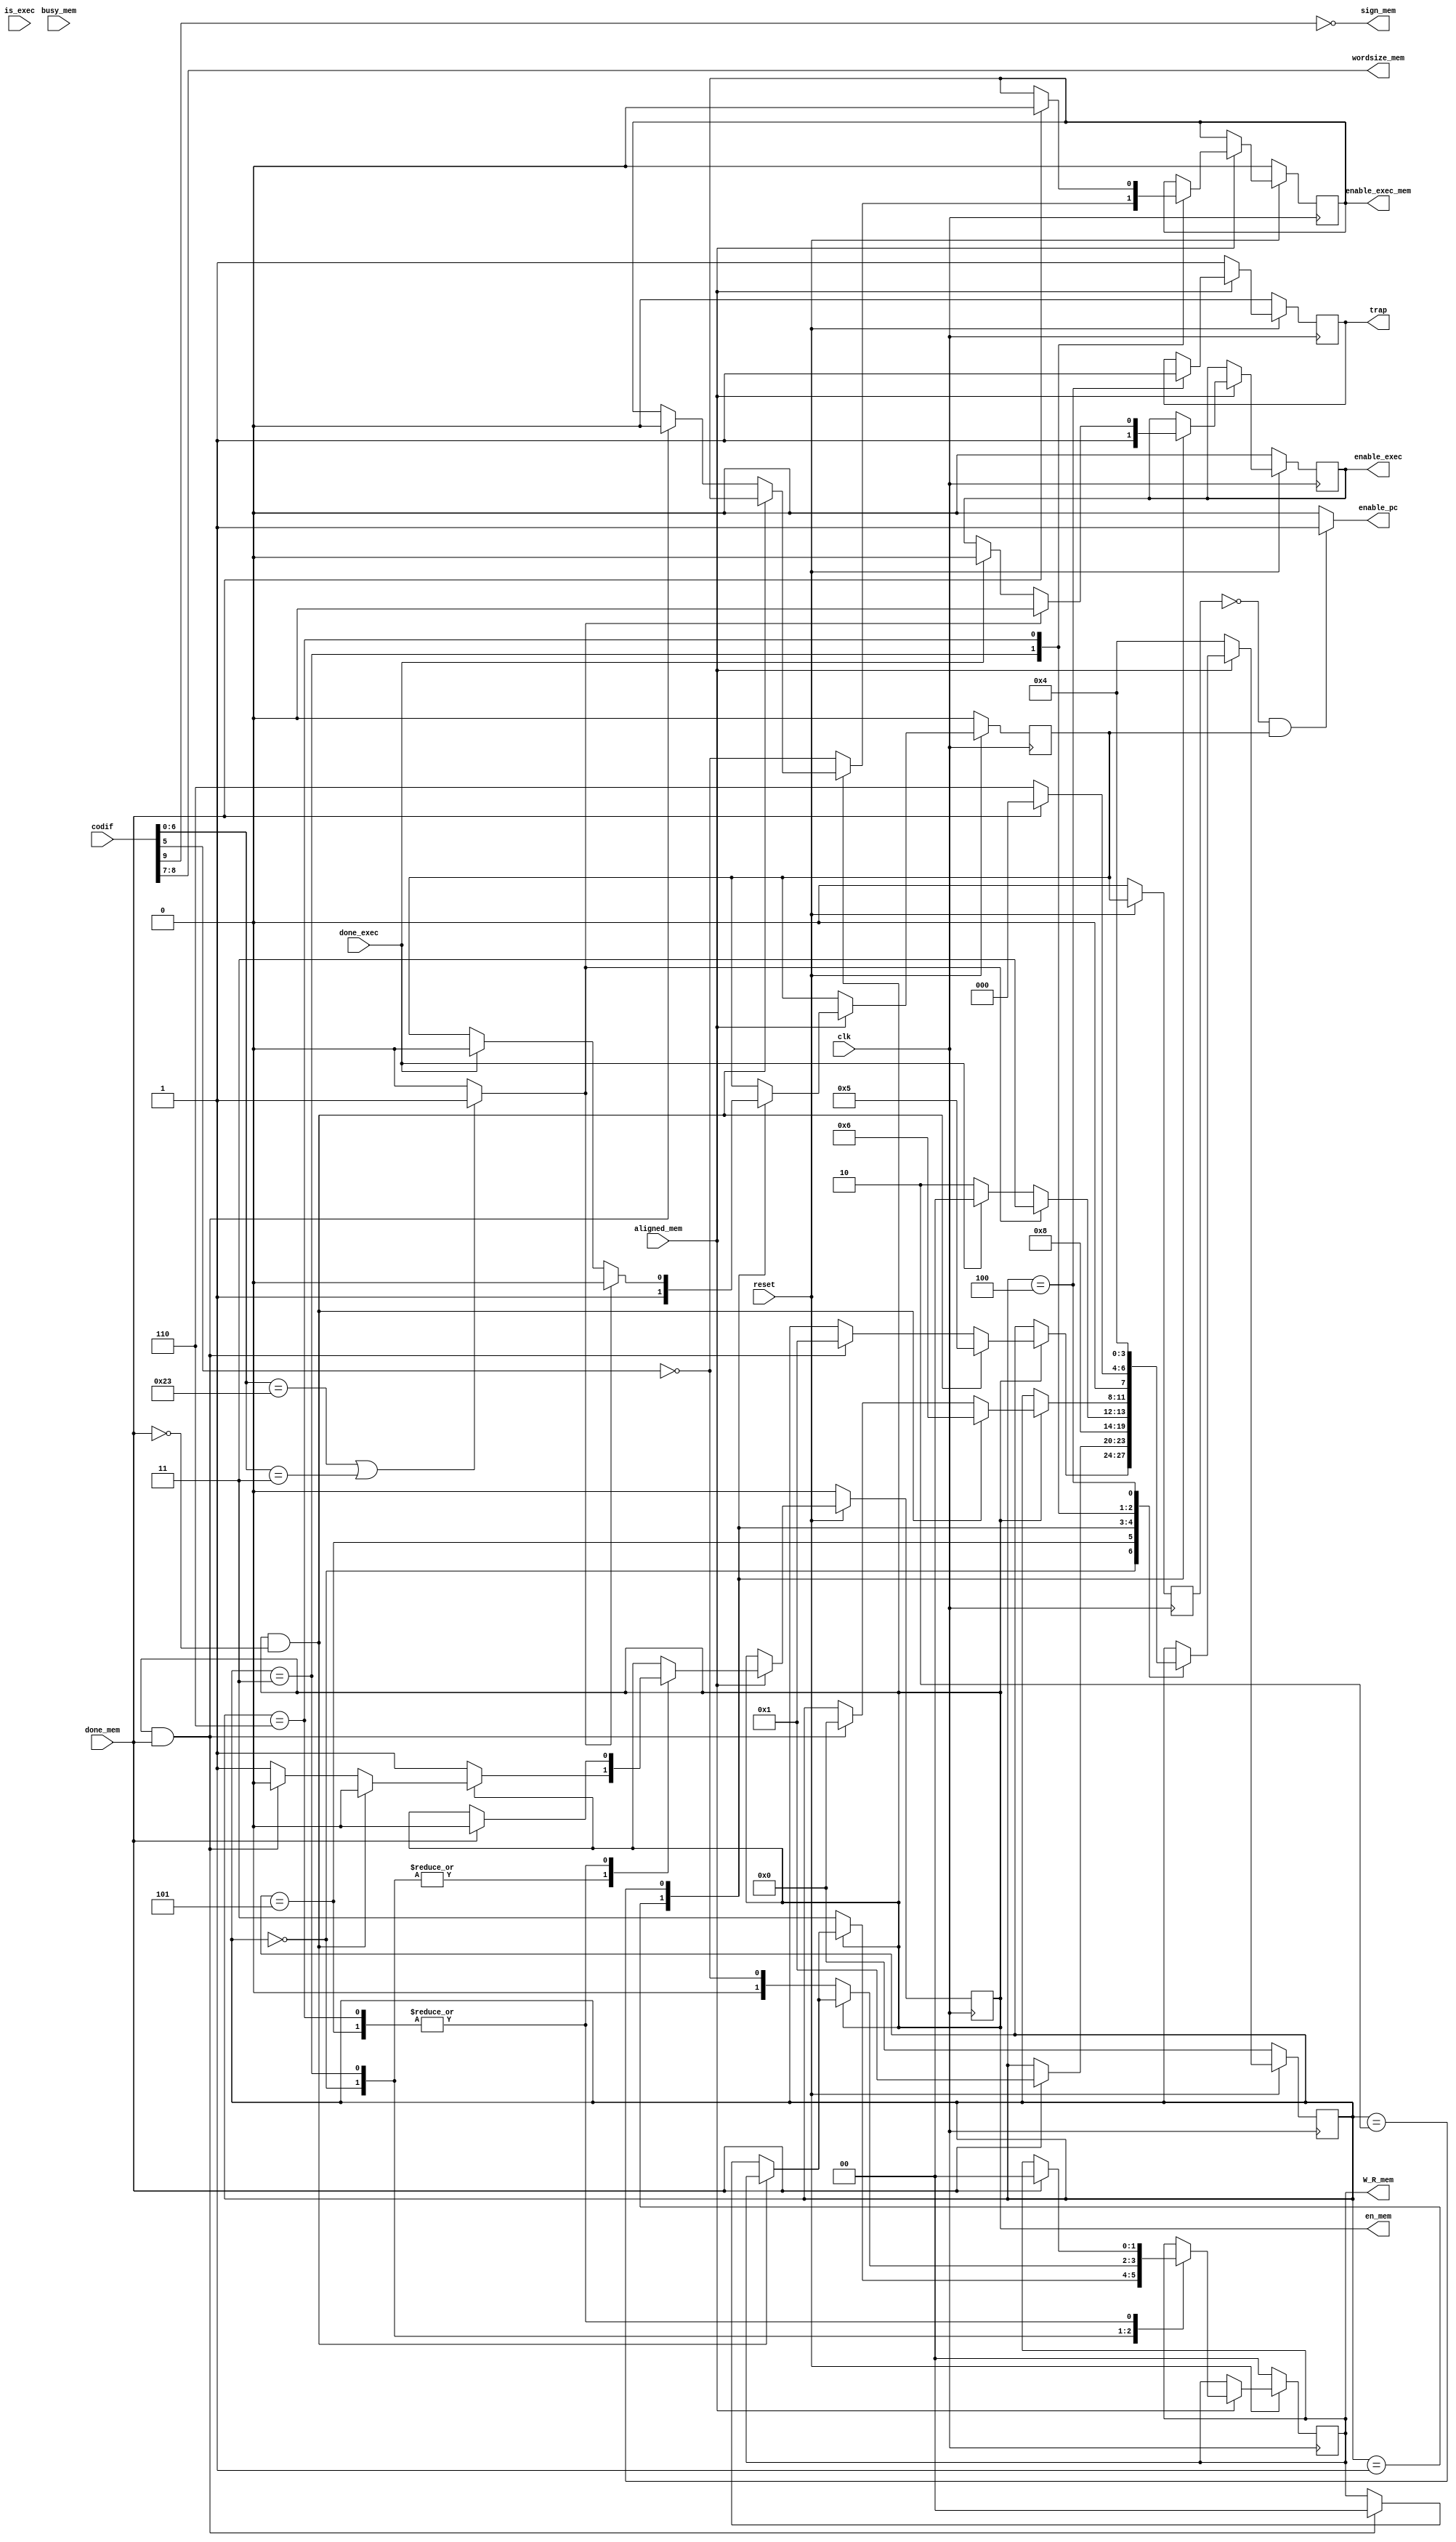
`timescale 1 ns / 1 ps

module FSM 
    (
    input clk,
    input reset,
    
    // Auxiliars from DATAPATH
    input [11:0] codif,
    
    // Inputs from DATAPATH
    input busy_mem, 
    input done_mem,
    input aligned_mem,
    input done_exec,
    input is_exec,
    
    // Outputs to DATAPATH
    output reg [1:0] W_R_mem,
    output [1:0] wordsize_mem,
    output     sign_mem,
    output reg en_mem,
    output reg enable_exec,
    output reg enable_exec_mem,
    output reg trap,
    output     enable_pc
    );
    
    // MEMORY INTERFACE Auxiliar determination
    wire write_mem;
    wire is_mem;
    wire is_illisn;
    assign write_mem = ~codif[5];    // This is the only bit differs write/read
    assign is_mem = codif[6:0] == 7'b0100011 || codif[6:0] == 7'b0000011 ? 1'b1 : 1'b0;    // OPCODE detection
    assign sign_mem = ~codif[9];    // This is the only bit differs signed/unsigned
    assign wordsize_mem = codif[8:7];    // This is the only bit differs wordsize
    assign is_illisn = 0;//&codif || (codif == 12'b000011110011); // FIXME: Also is illegal if ebreak
    
    // CHANGE PC Auxiliar determination
    reg enable_pc_aux, enable_pc_fsm;
    always @ (posedge clk) begin
        if (reset == 1'b0)
            enable_pc_aux <= 1'b0;
        else
            enable_pc_aux <= enable_pc_fsm;
    end
    assign enable_pc = enable_pc_aux == 1'b0 && enable_pc_fsm == 1'b1 ? 1'b1 : 1'b0;
    
    // ERROR Auxiliar determination
    wire err;
    assign err = ~aligned_mem;    // TODO: ILLISN
    
    // Declare state register
    reg        [3:0] state;
    
    // Declare states
    parameter S0_fetch = 0, S1_decode = 1, S2_exec = 2, S3_memory = 3, S4_trap = 4,
              SW0_fetch_wait = 5, SW3_mem_wait = 6;
    
    // Output depends only on the state (transition)
    // Determine the next state (Moore state machine)
    always @ (posedge clk) begin
        if (reset == 1'b0) begin
            state <= S0_fetch;
            
            en_mem <= 1'b0;
            W_R_mem <= 2'b00;
            enable_exec <= 1'b0;
            enable_exec_mem <= 1'b0;
            enable_pc_fsm <= 1'b0;
            trap <= 1'b0;
        end else
            if(err) begin
                state <= S4_trap;
                trap <= 1'b1;
            end else
                case (state)
                    S0_fetch: begin
                        if(!en_mem) begin
                            en_mem <= 1'b1;
                            W_R_mem <= 2'b11;                // For instruction fetching
                        end else if (en_mem && !done_mem) begin
                            state <= SW0_fetch_wait;
                            en_mem <= 1'b0;
                        end else if (en_mem && done_mem) begin
                            state <= S1_decode;
                            W_R_mem <= 2'b00;
                            en_mem <= 1'b0;
                        end
                        
                        
                    end
                    SW0_fetch_wait: begin
                        if (done_mem) begin
                            state <= S1_decode;
                            W_R_mem <= 2'b00;
                            en_mem <= 1'b0;
                        end 
                    end
                    S1_decode: begin
                        if ( is_illisn ) begin
                            state <= S4_trap;
                        end else begin
                            state <= S2_exec;
                            enable_exec <= 2'b11;
                            enable_pc_fsm <= 1'b1;
                        end
                    end
                    S2_exec:
                        if (is_mem) begin
                            state <= S3_memory;
                            enable_exec <= 2'b00;
                            enable_pc_fsm <= 1'b0;
                        end else if (done_exec) begin
                            state <= S0_fetch;
                            enable_exec <= 2'b00;
                            enable_pc_fsm <= 1'b0;
                        end else
                            state <= S2_exec;
                    S3_memory: begin
                        if(!en_mem) begin
                            en_mem <= 1'b1;
                            enable_exec_mem <= write_mem;
                            W_R_mem <= {1'b0, write_mem};                // For reading/writting
                        end else if (en_mem && !done_mem) begin
                            state <= SW3_mem_wait;
                            en_mem <= 1'b0;
                        end else if (en_mem && done_mem) begin
                            state <= S0_fetch;
                            W_R_mem <= 2'b00;
                            en_mem <= 1'b0;
                            enable_exec_mem <= 1'b0;
                        end
                    end
                    SW3_mem_wait: begin
                        if (done_mem) begin
                            state <= S0_fetch;
                            
                            W_R_mem <= 2'b00;
                            enable_exec_mem <= 1'b0;
                            en_mem <= 1'b0;
                        end else
                            state <= SW3_mem_wait;
                    end
                    S4_trap: begin
                        state <= S4_trap;
                        trap <= 1'b1;
                    end
                endcase
    end
    

endmodule